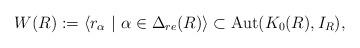
LaTeX: \begin{align*}W(R):=\langle r_{\alpha}~\vert~\alpha\in\Delta_{re}(R)\rangle\subset {\rm Aut}(K_0(R),I_R), \end{align*}